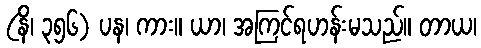
(နိ၊ ၃၅၆) ပန၊ ကား။ ယာ၊ အကြင်ရဟန်းမသည်။ တာယ၊